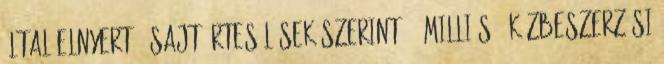
által elnyert - sajtóértesülések szerint 30 milliós - közbeszerzési